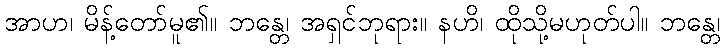
အာဟ၊ မိန့်တော်မူ၏။ ဘန္တေ၊ အရှင်ဘုရား။ နဟိ၊ ထိုသို့မဟုတ်ပါ။ ဘန္တေ၊